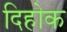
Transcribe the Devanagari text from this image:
दिहोक